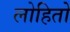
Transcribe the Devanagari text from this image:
लोहितो